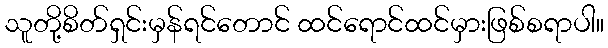
သူတို့စိတ်ရှင်းမှန်ရင်တောင် ထင်ရောင်ထင်မှားဖြစ်စရာပါ။